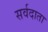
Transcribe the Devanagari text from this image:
सर्वदाता